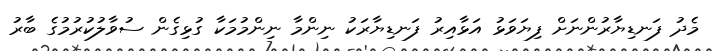
މެދު ފަނޑިޔާރުންނަށް ފިޔަވަޅު އަޅާއިރު ފަނޑިޔާރަކު ނިންމާ ނިންމުމަކާ ގުޅިގެން ސުވާލުކުރުމުގެ ބާރު